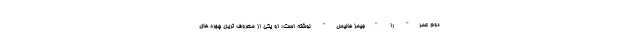
دوم عمر" را "جیمز هالیس" نوشته است؛ او یکی از معروف ترین چهره های